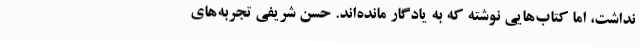
نداشت، اما کتاب‌هایی نوشته که به یادگار مانده‌اند. حسن شریفی تجربه‌های